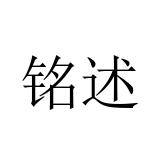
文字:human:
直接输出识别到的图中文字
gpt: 铭述